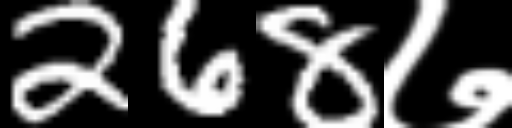
Text: 268७